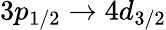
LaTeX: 3p_{1/2}\rightarrow 4d_{3/2}